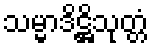
သမ္မာဒိဋ္ဌိသုတ္တံ